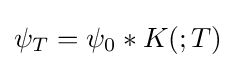
\psi _{T}=\psi _{0}*K(;T)